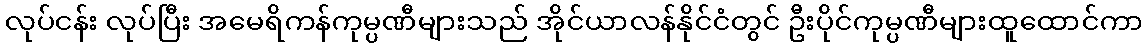
လုပ်ငန်း လုပ်ပြီး အမေရိကန်ကုမ္ပဏီများသည် အိုင်ယာလန်နိုင်ငံတွင် ဦးပိုင်ကုမ္ပဏီများထူထောင်ကာ